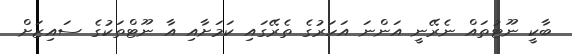
ބާކީ ނޫޓުތައް ނެރޭނީ އަންނަ އަހަރުގެ ތެރޭގައި ކަމަށާއި އާ ނޫޓްތަކުގެ ސައިޒަށް